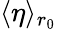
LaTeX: \langle\eta\rangle_{r_{0}}